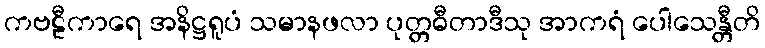
ကဗဠီကာရေ အနိဋ္ဌရူပံ သမာနဖလာ ပုတ္တဓီတာဒီသု အာကရံ ပေါသေန္တီတိ